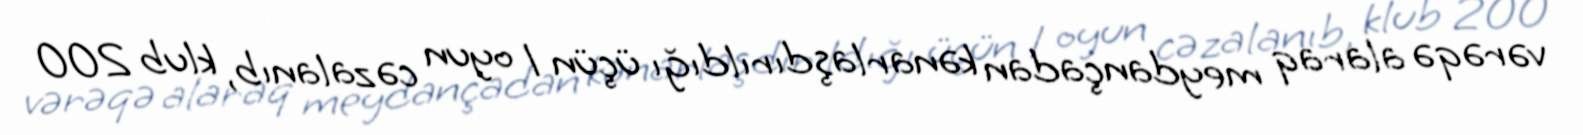
vərəqə alaraq meydançadan kənarlaşdırıldığı üçün 1 oyun cəzalanıb, klub 200